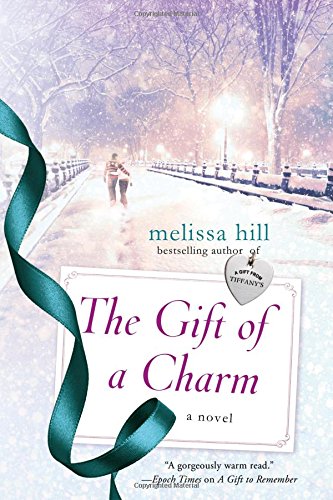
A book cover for The Gift of a Charm: A Novel; Melissa Hill; Romance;